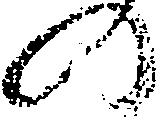
の